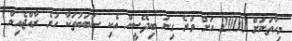
މިހާތަނަށް 2000 އަށް ވުރެ ގިނަ ބިދޭސީން އެކި ސަބަބުތަކާ ހުރެ ރާއްޖެއިން